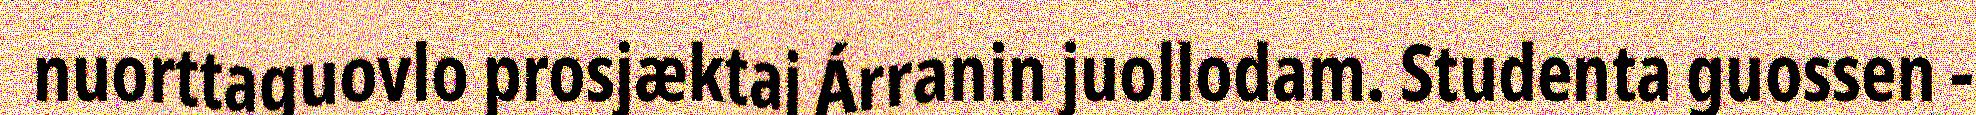
nuorttaguovlo prosjæktaj Árranin juollodam. Studenta guossen -